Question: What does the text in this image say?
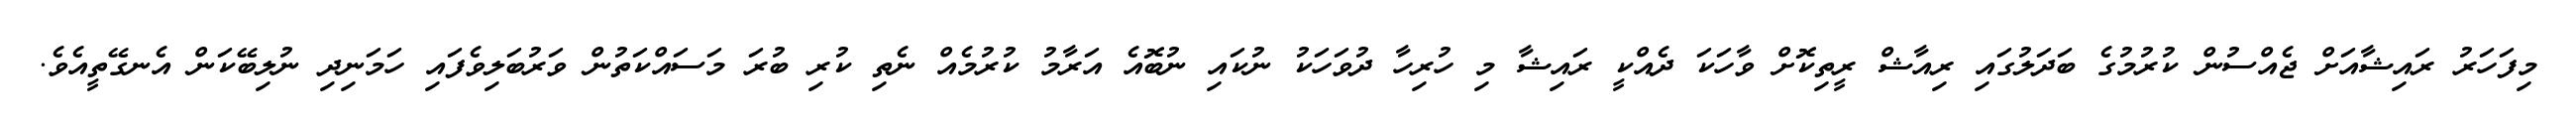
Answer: މިފަހަރު ރައިޝާއަށް ޖެއްސުން ކުރުމުގެ ބަދަލުގައި ރިއާޝް ރީތިކޮށް ވާހަކަ ދެއްކީ ރައިޝާ މި ހުރިހާ ދުވަހަކު ނުކައި ނުބޮއެ އަރާމު ކުރުމެއް ނެތި ކުރި ބުރަ މަސައްކަތުން ވަރުބަލިވެފައި ހަމަނިދި ނުލިބޭކަން އެނގޭތީއެވެ.